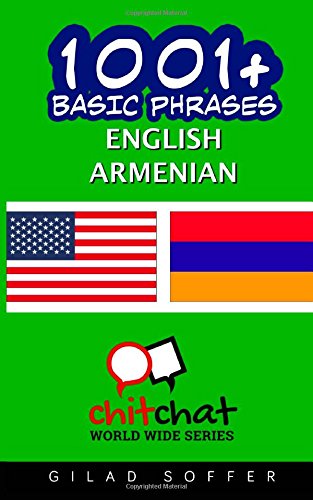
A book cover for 1001+ Basic Phrases English - Armenian; Gilad Soffer; Travel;